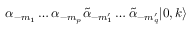
\alpha _ { - m _ { 1 } } \ldots \alpha _ { - m _ { p } } \tilde { \alpha } _ { - m _ { 1 } ^ { \prime } } \ldots \tilde { \alpha } _ { - m _ { q } ^ { \prime } } | 0 , k \rangle